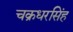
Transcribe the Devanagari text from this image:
चक्रधरसिंह